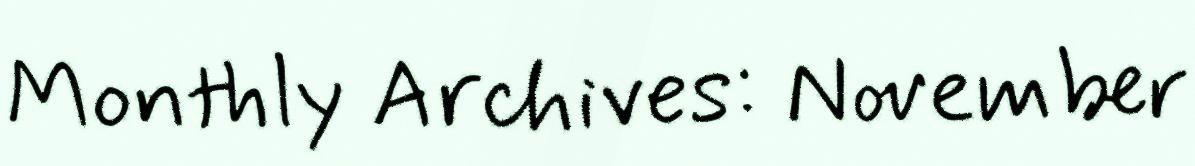
Monthly Archives: November